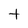
Character: t